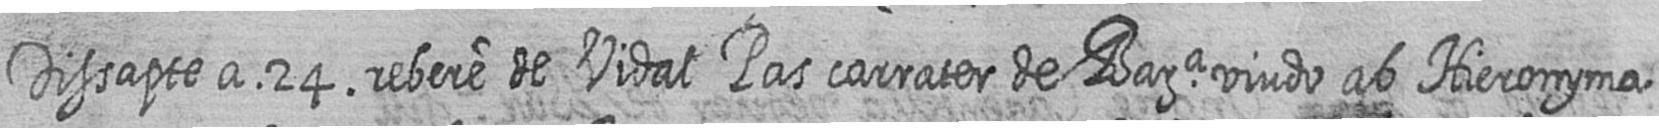
Dissapte a 24 rebere de Vidal Pas carrater de Bara viudo ab Hieronyma